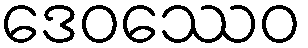
ဒေဝဿေဝ